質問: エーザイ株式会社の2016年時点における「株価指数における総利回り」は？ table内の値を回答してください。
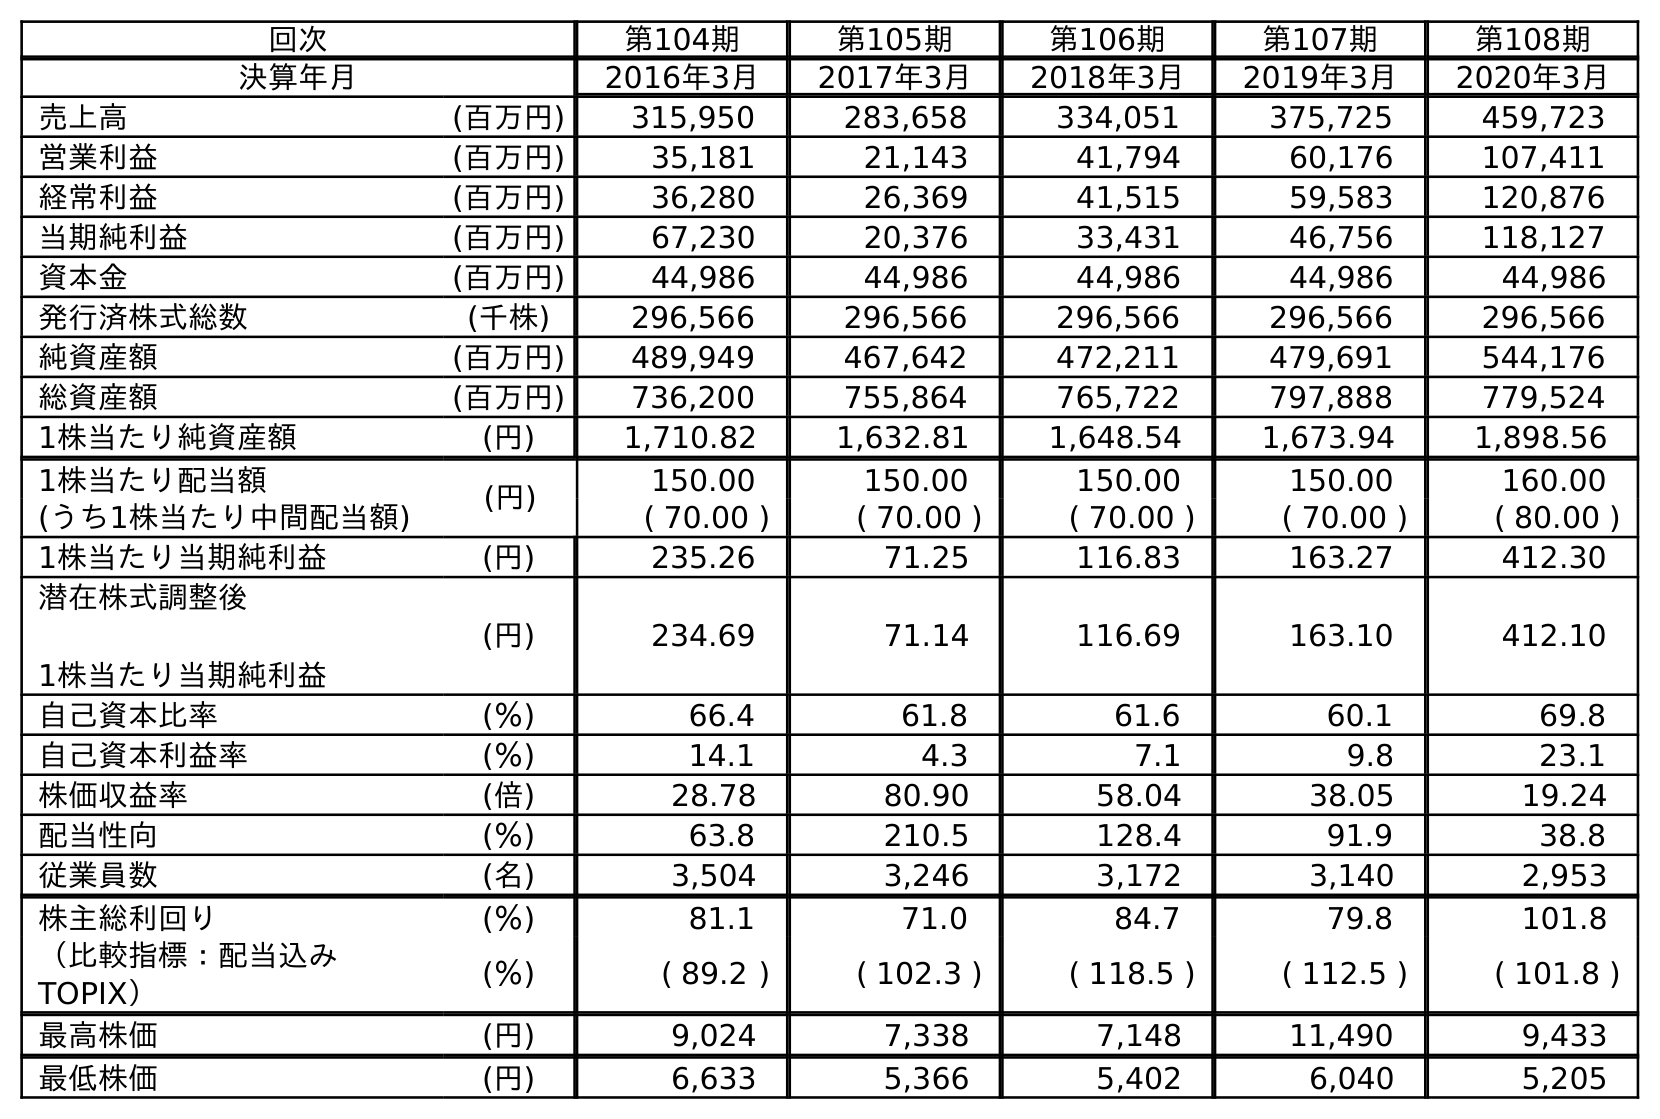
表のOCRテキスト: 回次 第104期 第105期 第106期 第107期 第108期 決算年月 2016年3月 2017年3月 2018年3月 2019年3月 2020年3月 売上高 (百万円) 315,950 283,658 334,051 375,725 459,723 営業利益 (百万円) 35,181 21,143 41,794 60,176 107,411 経常利益 (百万円) 36,280 26,369 41,515 59,583 120,876 当期純利益 (百万円) 67,230 20,376 33,431 46,756 118,127 資本金 (百万円) 44,986 44,986 44,986 44,986 44,986 発行済株式総数 (千株) 296,566 296,566 296,566 296,566 296,566 純資産額 (百万円) 489,949 467,642 472,211 479,691 544,176 総資産額 (百万円) 736,200 755,864 765,722 797,888 779,524 1株当たり純資産額 (円) 1,710.82 1,632.81 1,648.54 1,673.94 1,898.56 1株当たり配当額 (円) 150.00 150.00 150.00 150.00 160.00 (うち1株当たり中間配当額) ( 70.00 ) ( 70.00 ) ( 70.00 ) ( 70.00 ) ( 80.00 ) 1株当たり当期純利益 (円) 235.26 71.25 116.83 163.27 412.30 潜在株式調整後 1株当たり当期純利益 (円) 234.69 71.14 116.69 163.10 412.10 自己資本比率 (％) 66.4 61.8 61.6 60.1 69.8 自己資本利益率 (％) 14.1 4.3 7.1 9.8 23.1 株価収益率 (倍) 28.78 80.90 58.04 38.05 19.24 配当性向 (％) 63.8 210.5 128.4 91.9 38.8 従業員数 (名) 3,504 3,246 3,172 3,140 2,953 株主総利回り (％) 81.1 71.0 84.7 79.8 101.8 （比較指標：配当込み TOPIX） (％) ( 89.2 ) ( 102.3 ) ( 118.5 ) ( 112.5 ) ( 101.8 ) 最高株価 (円) 9,024 7,338 7,148 11,490 9,433 最低株価 (円) 6,633 5,366 5,402 6,040 5,205
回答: (89.2)